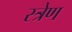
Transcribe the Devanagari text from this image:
स्त्रेण